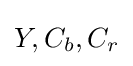
Y,C_{b},C_{r}